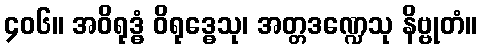
၄၀၆။ အဝိရုဒ္ဓံ ဝိရုဒ္ဓေသု၊ အတ္တဒဏ္ဍေသု နိဗ္ဗုတံ။